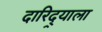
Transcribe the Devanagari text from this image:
दारिद्र्याला